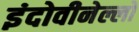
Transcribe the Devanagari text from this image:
इंदोवीनेल्लो